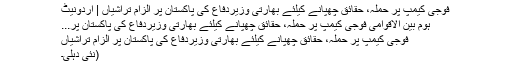
فوجی کیمپ پر حملہ، حقائق چھپانے کیلئے بھارتی وزیردفاع کی پاکستان پر الزام تراشیاں | اُردونیٹ
ہوم بین الاقوامی فوجی کیمپ پر حملہ، حقائق چھپانے کیلئے بھارتی وزیردفاع کی پاکستان پر...
فوجی کیمپ پر حملہ، حقائق چھپانے کیلئے بھارتی وزیردفاع کی پاکستان پر الزام تراشیاں
(نئی دہلی۔